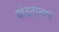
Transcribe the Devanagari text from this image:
वरंददानम्